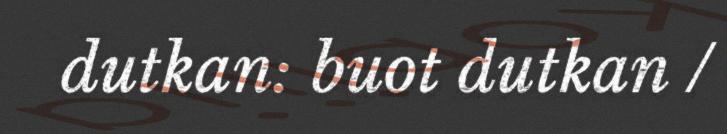
dutkan: buot dutkan /